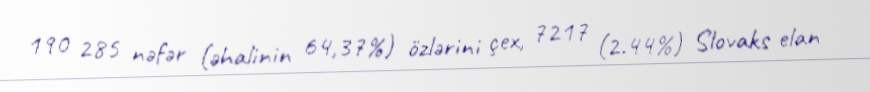
190 285 nəfər (əhalinin 64,37%) özlərini çex, 7217 (2.44%) Slovaks elan